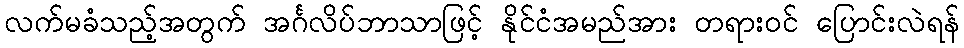
လက်မခံသည့်အတွက် အင်္ဂလိပ်ဘာသာဖြင့် နိုင်ငံအမည်အား တရားဝင် ပြောင်းလဲရန်